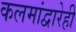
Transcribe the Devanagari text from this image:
कलमांद्वारेही